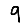
Digit: 9